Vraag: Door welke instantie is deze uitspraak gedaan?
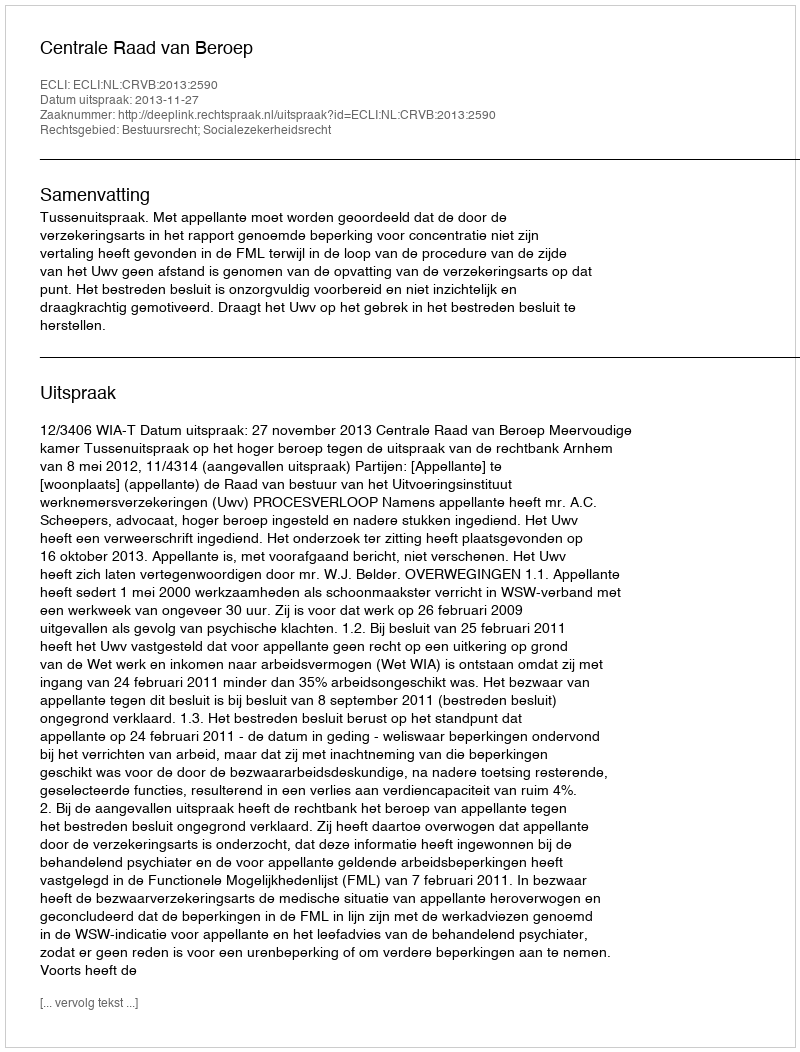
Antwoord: Centrale Raad van Beroep